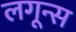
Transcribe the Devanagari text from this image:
लगून्स